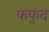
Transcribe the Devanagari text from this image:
फफुंद